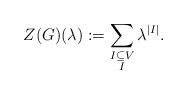
LaTeX: \begin{align*}Z(G)(\lambda):=\sum_{\substack{I\subseteq V\\ I }}\lambda^{|I|}.\end{align*}